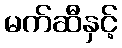
မက်ဆီနှင့်